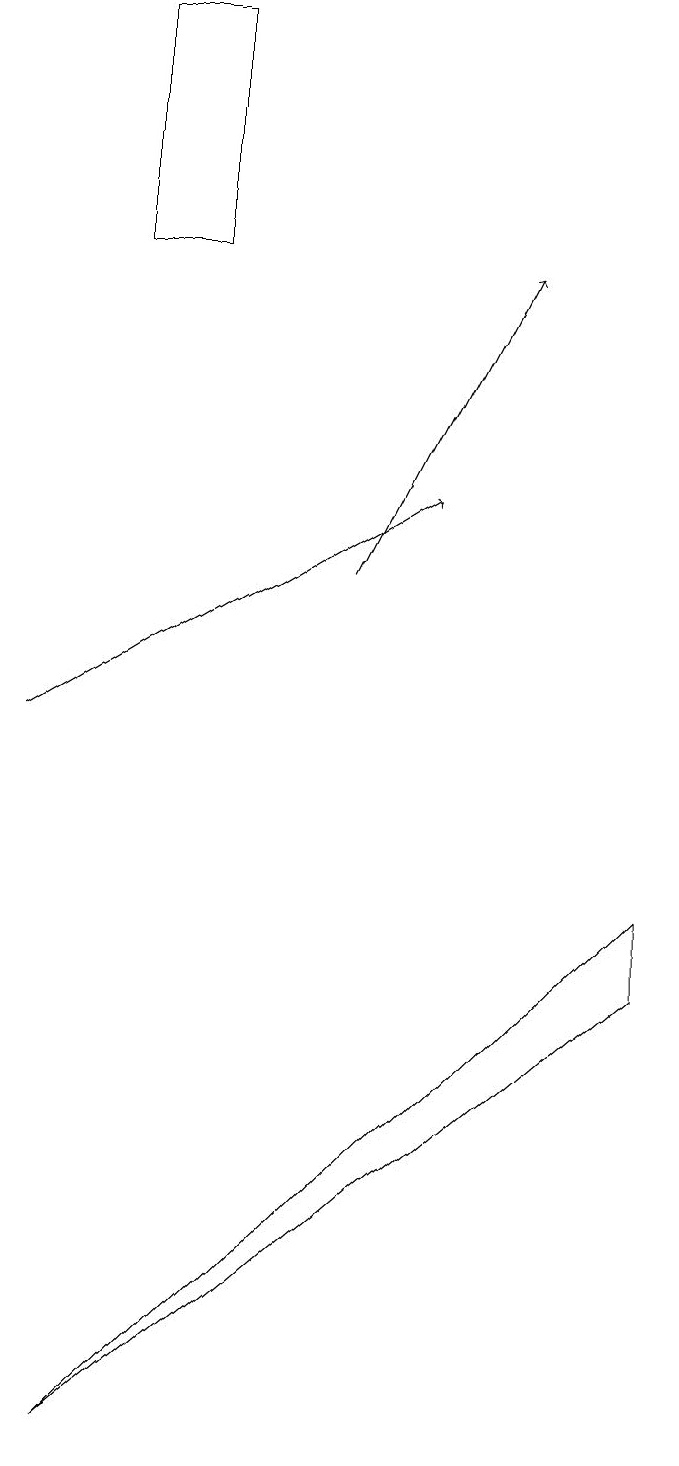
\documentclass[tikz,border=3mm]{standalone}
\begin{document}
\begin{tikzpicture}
\draw[->] (1,10) -- (6,13);
\draw (3,19) rectangle (2,16);
\draw[->] (5,12) -- (7,16);
\draw (9,7) -- (9,8) -- (2,1) -- cycle;
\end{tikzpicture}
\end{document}